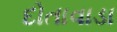
દોતાવાડા